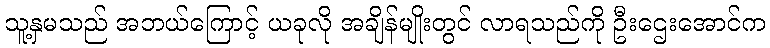
သူ့နှမသည် အဘယ်ကြောင့် ယခုလို အချိန်မျိုးတွင် လာရသည်ကို ဦးဌေးအောင်က